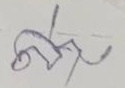
ล่าง